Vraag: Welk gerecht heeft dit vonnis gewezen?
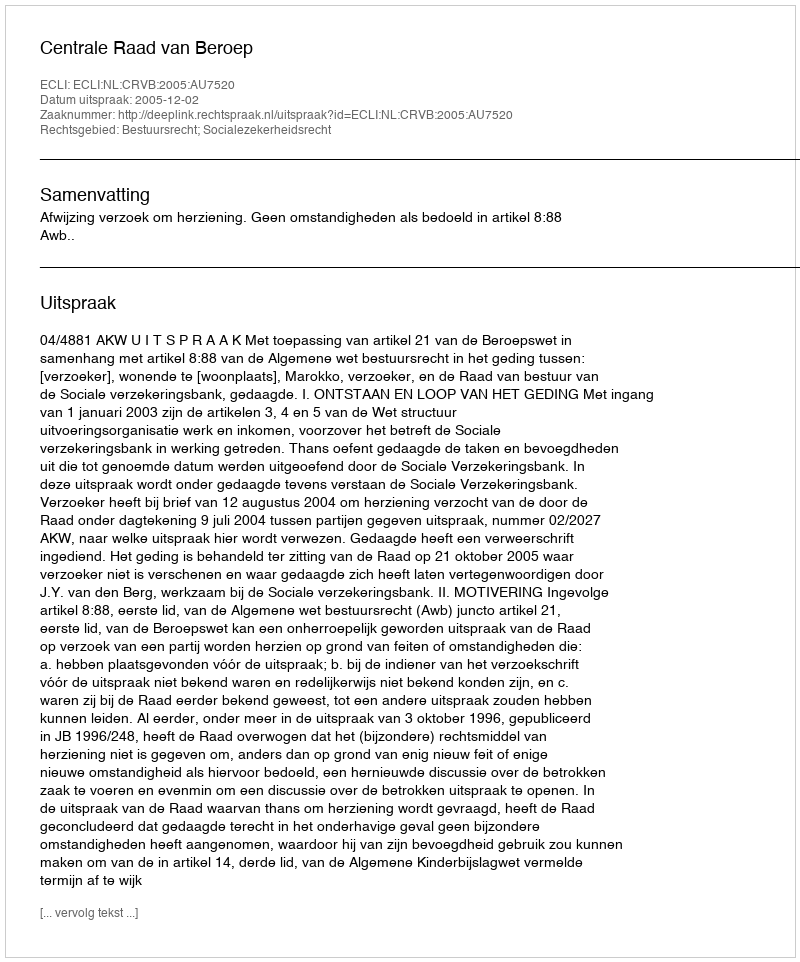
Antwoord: Centrale Raad van Beroep